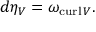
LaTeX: d \eta _ { V } = \omega _ { \operatorname { c u r l } V } .